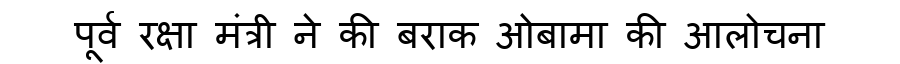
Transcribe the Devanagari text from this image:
पूर्व रक्षा मंत्री ने की बराक ओबामा की आलोचना